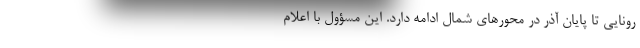
رونایی تا پایان آذر در محورهای شمال ادامه دارد. این مسؤول با اعلام